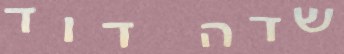
שדה דוד